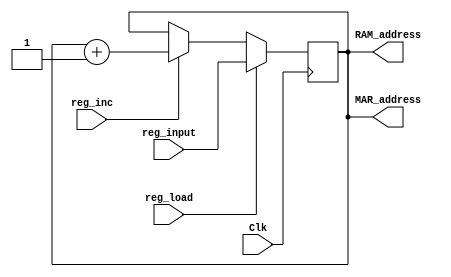
`timescale 1ns / 1ps
module MAR_Register(
		input [15:0] reg_input,
		input Clk,
		input reg_load,
		output reg [15:0] MAR_address,
		input reg_inc,
		output [15:0] RAM_address
    );

	assign RAM_address = MAR_address;

	
	always @(posedge Clk)
		begin
			if (reg_load)
				begin
					MAR_address <=reg_input;
				end
			else if(reg_inc)
					begin
						MAR_address <= MAR_address+16'b1;
					end
		end
		
	initial
		begin
		MAR_address=16'b0;
		end



endmodule